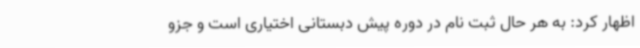
اظهار کرد: به هر حال ثبت نام در دوره پیش دبستانی اختیاری است و جزو